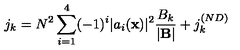
j _ { k } = N ^ { 2 } \sum _ { i = 1 } ^ { 4 } ( - 1 ) ^ { i } | a _ { i } ( { \bf x } ) | ^ { 2 } \frac { B _ { k } } { | { \bf B } | } + j _ { k } ^ { ( N D ) }